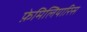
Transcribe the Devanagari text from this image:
फ़ेमिलियारिस